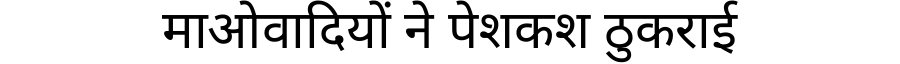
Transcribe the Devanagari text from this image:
माओवादियों ने पेशकश ठुकराई